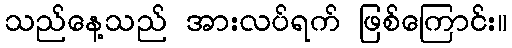
သည်နေ့သည် အားလပ်ရက် ဖြစ်ကြောင်း။